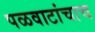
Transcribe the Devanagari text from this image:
पळवाटांचाच